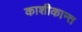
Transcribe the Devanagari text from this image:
काशीकान्त